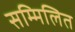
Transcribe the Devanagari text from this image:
सम्मिलित